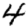
Digit: 4